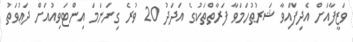
ވަޒީފާއަށް އެދިފައިވާ ޝަރުޠުހަމަވާ ފަރާތްތަކުގެ އަދަދު 20 ވުރެ ގިނަނަމަ އިންޓަވިއުއަށް ދަޢުވަތު